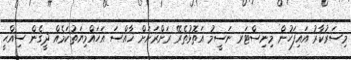
މިސަރުކާރު އައިފަހުން މިނިސްޓަރ ނަސީމު އަތޮޅުތެރޭ ރަށްރަށަށް ޚާއްސަ އަހައްމިޔަތުކަމެއް ދީގެން ސިއްޙީ